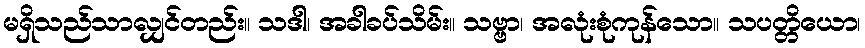
မရှိသည်သာလျှင်တည်း။ သဒါ၊ အခါခပ်သိမ်း။ သဗ္ဗာ၊ အလုံးစုံကုန်သော။ သပတ္တိယော၊